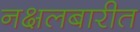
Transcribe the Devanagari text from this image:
नक्षलबारीत